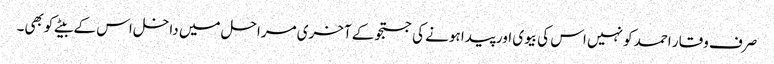
صرف وقار احمد کو نہیں اس کی بیوی اور پیدا ہونے کی جستجو کے آخری مراحل میں داخل اس کے بیٹے کوبھی۔